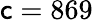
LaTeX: \mathsf{c}=869